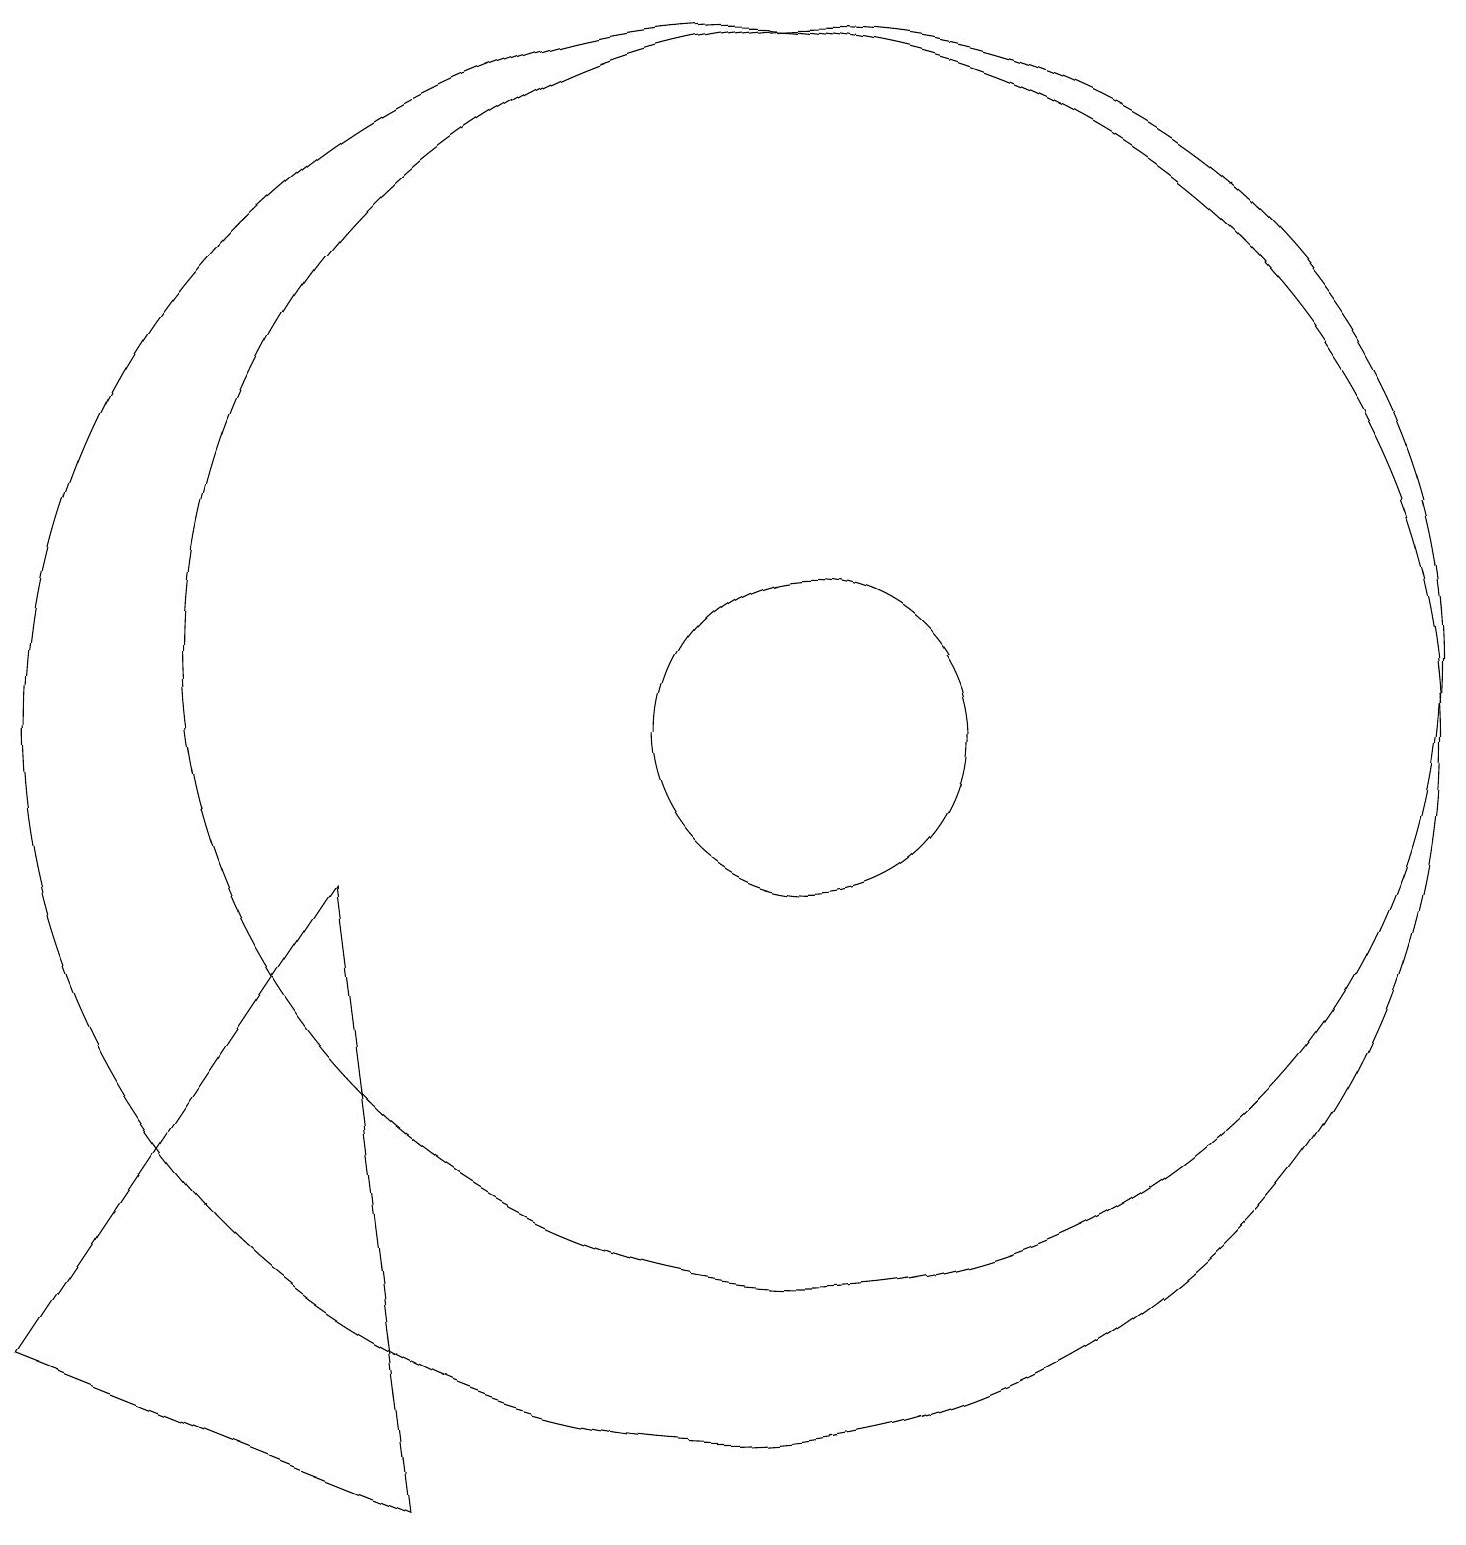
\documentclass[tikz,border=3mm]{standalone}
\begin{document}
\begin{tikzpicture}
\draw (12,10) circle (2);
\draw (12,11) circle (8);
\draw (11,10) circle (9);
\draw (6,8) -- (2,2) -- (7,0) -- cycle;
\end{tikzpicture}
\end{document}